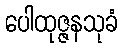
ပေါထုဇ္ဇနသုခံ